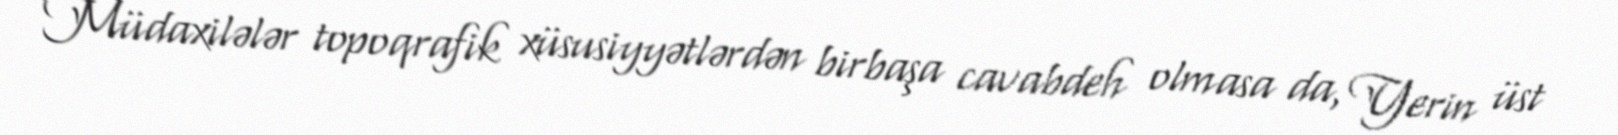
Müdaxilələr topoqrafik xüsusiyyətlərdən birbaşa cavabdeh olmasa da, Yerin üst